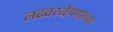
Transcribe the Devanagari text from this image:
लढवय्येपणाच्या